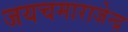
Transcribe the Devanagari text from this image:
जयचमाराजेन्द्र